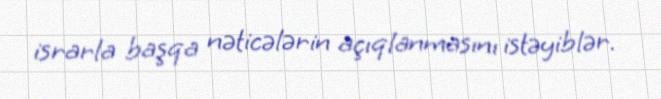
israrla başqa nəticələrin açıqlanmasını istəyiblər.